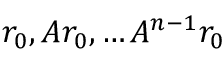
r _ { 0 } , A r _ { 0 } , \ldots A ^ { n - 1 } r _ { 0 }